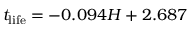
t _ { \mathrm { l i f e } } = - 0 . 0 9 4 H + 2 . 6 8 7